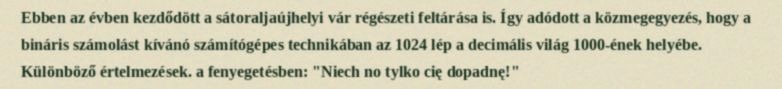
Ebben az évben kezdődött a sátoraljaújhelyi vár régészeti feltárása is. Így adódott a közmegegyezés, hogy a bináris számolást kívánó számítógépes technikában az 1024 lép a decimális világ 1000-ének helyébe. Különböző értelmezések. a fenyegetésben: "Niech no tylko cię dopadnę!"